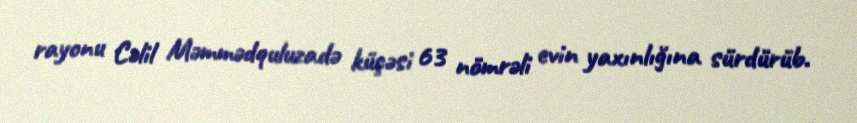
rayonu Cəlil Məmmədquluzadə küçəsi 63 nömrəli evin yaxınlığına sürdürüb.